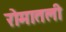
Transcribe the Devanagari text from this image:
रोमातली